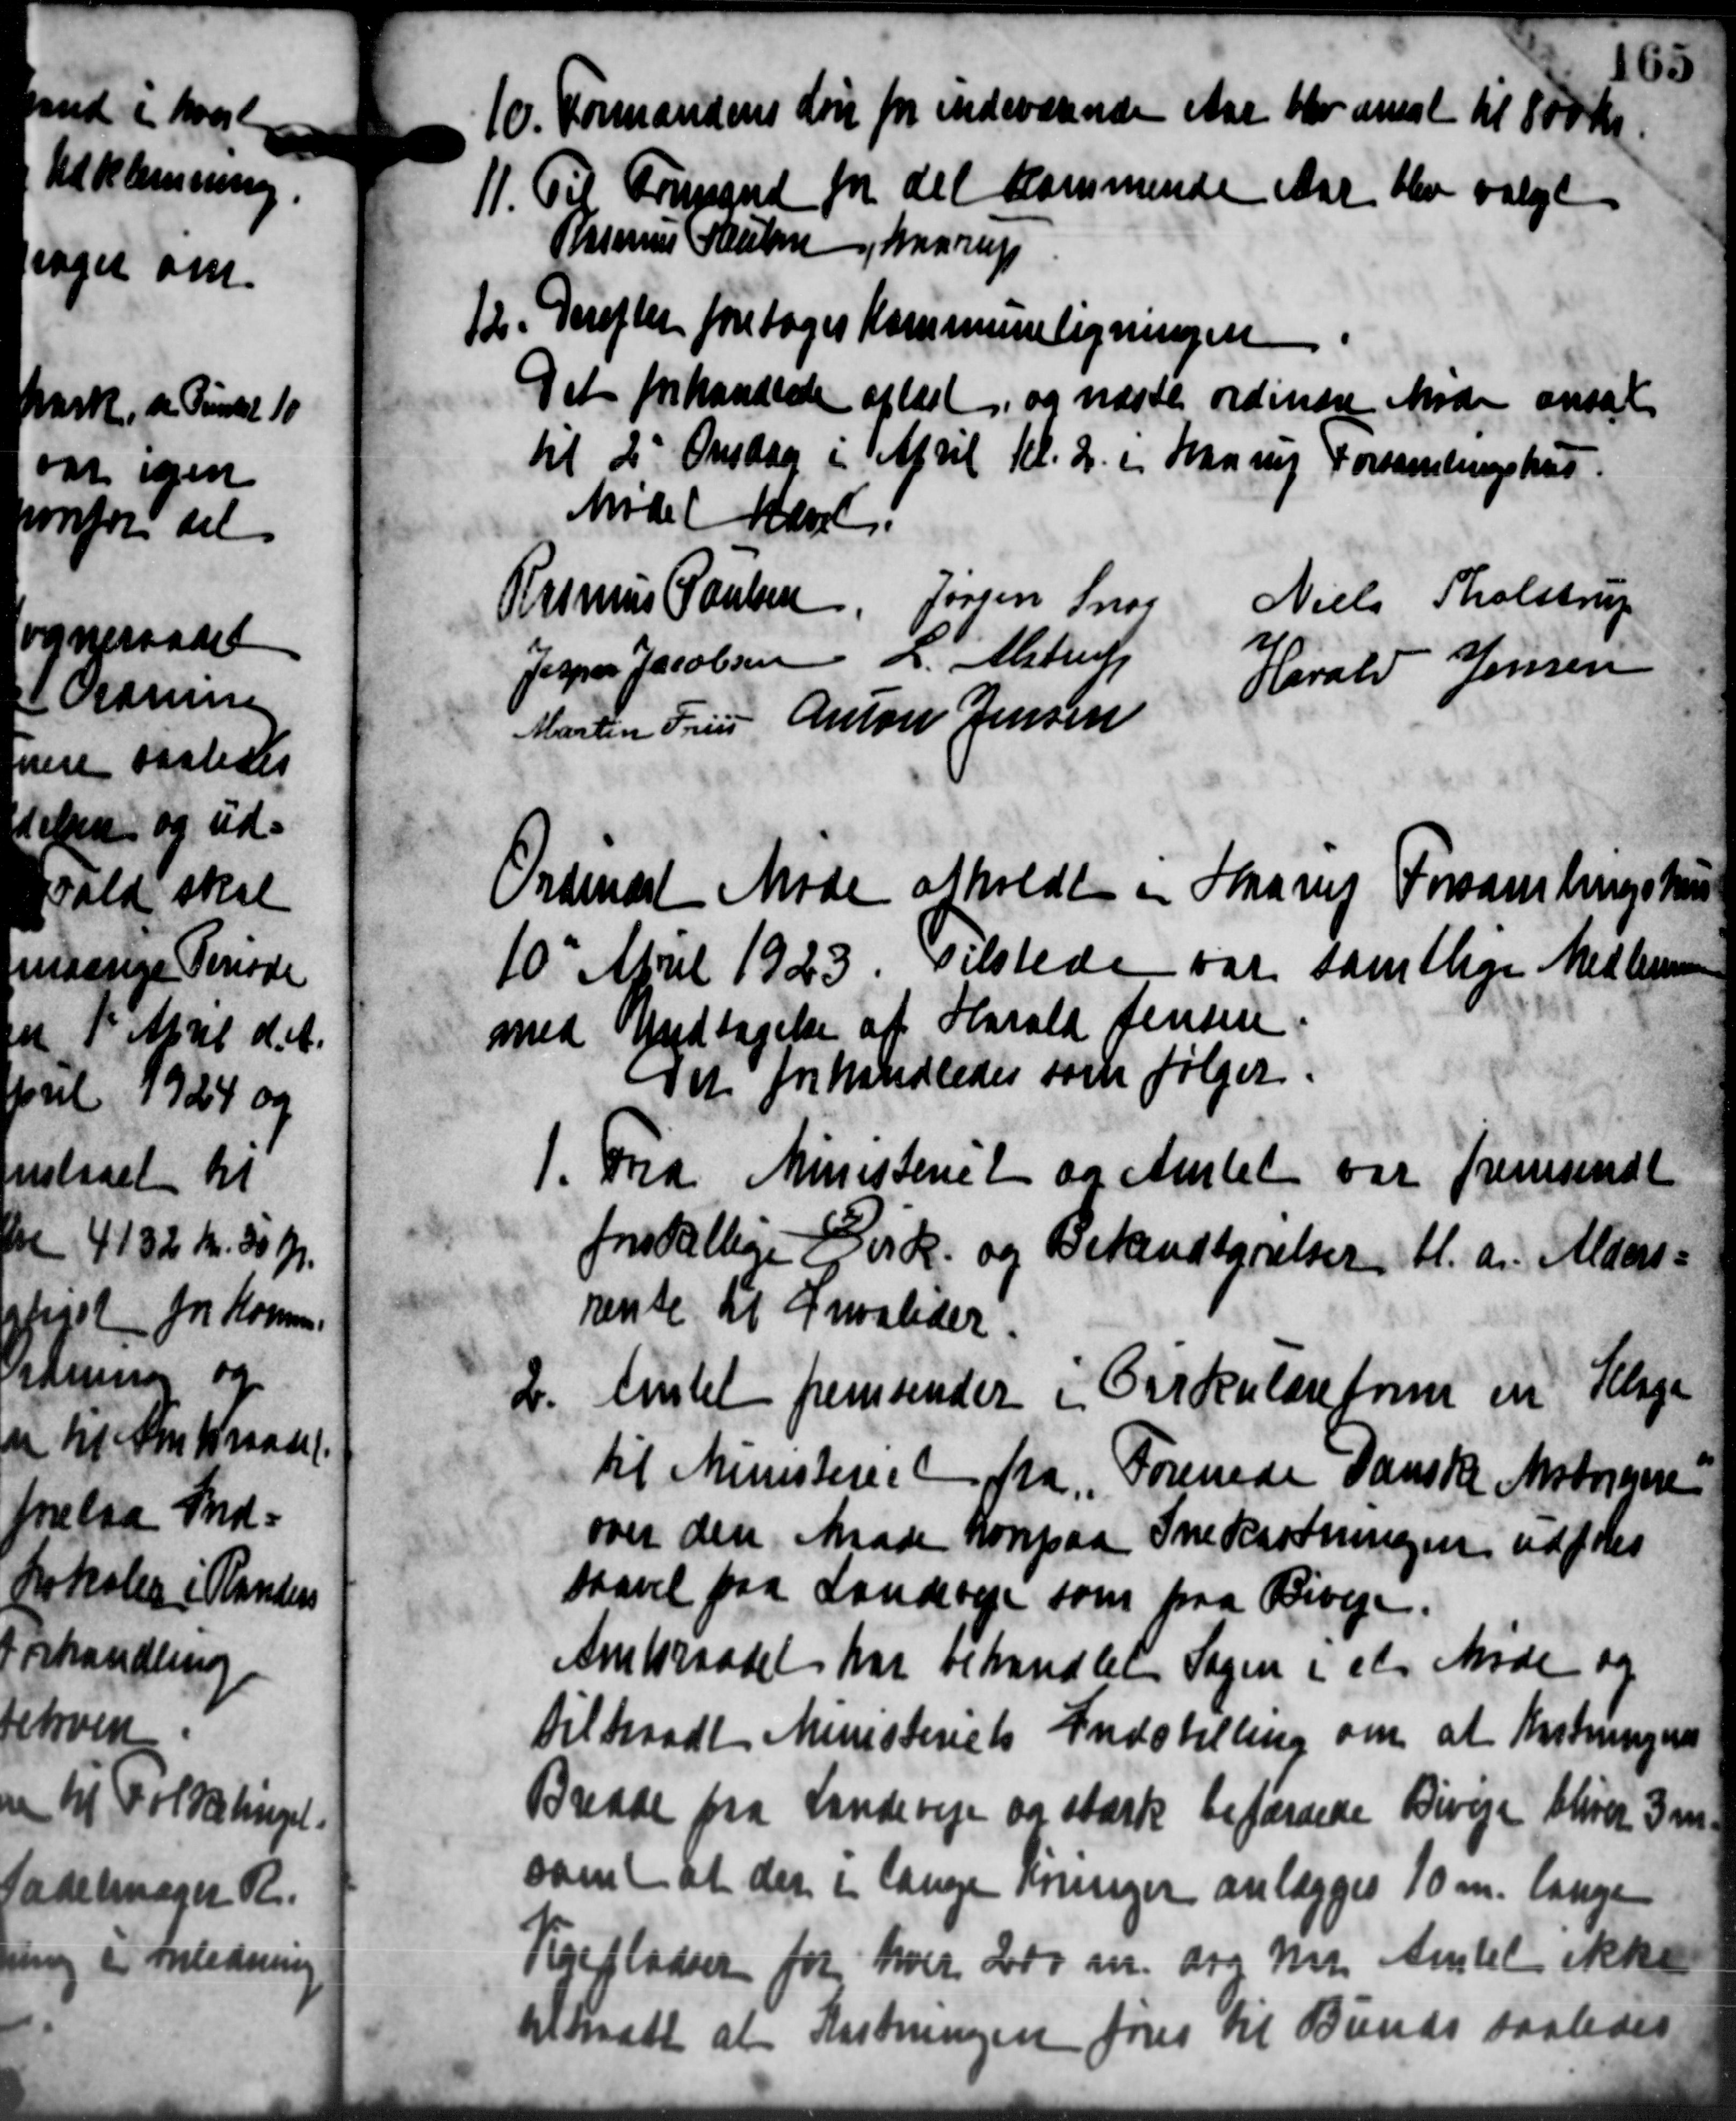
Transskription:
o. Formandens Løn for indeværende Aar blev ansat til 800 Kr
o. Formandens Løn for indeværende Aar blev ansat til 800 Kr
11. Til Formand for det kommende Aar blev valgt
11. Til Formand for det kommende Aar blev valgt
Rasmus Poulsen Haarup
12. Derefter foretoges Kommuneligningen
Det forhandlede oplæst, og næste ordinære Møde ansat
til 2 Onsdag i April Kl. 2. i han ny Forsamlingshus.
Mødet hævet.
Niels Tholstrup
Rasmus Poulsen, Jørgen Snog
Jesper Jacobsen L. Alstrup
Harald Jensen
Martin Friis Anton Jensen
Ordinært Møde afholdt i Haavej Forsamlingshus
0' April 1923. Tilstede var samtlige Medlemmer
med Undtagelse af Harald Jensen
Det forhandledes som følger.

Fra Ministeriet og Amtet var fremsendt
forskellige Cirk. og Bekendtgørelser bl.a. Alders-
rente til Invalider.
.
Amtet fremsender i Cirkulæreform en Klage
til Ministeriet fra „Forenede danske Matrinere
over den Maade konpaa Snekastningen udføres
saavel paa Landeveje som paa Biveje.
Amtsraadet har behandler Sagen i et Møde og
tiltraadet Ministeriets Indstilling om at kostningens
ade fra Landeveje og stærke befærdede Biveje bliver 3 m
at der i lange Knringer anlægges 10 m. lange
er for 1 K m. dog m. Amtet ikke
h 7 til Bunds saaledes